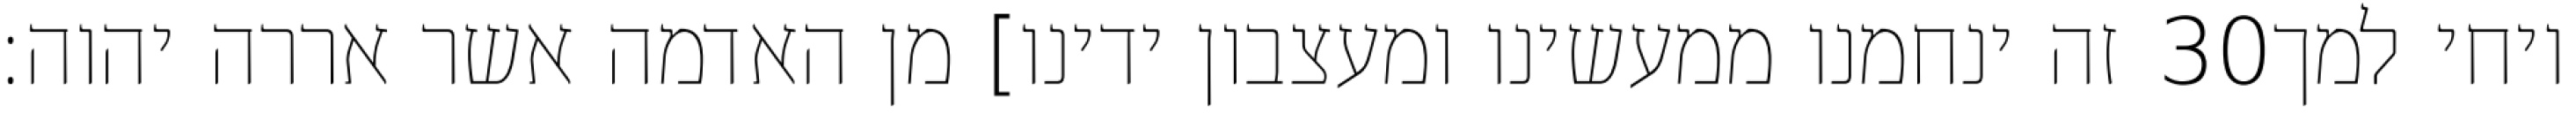
זה ינחמנו ממעשינו ומעצבון ידינו] מן האדמה אשר אררה יהוה׃ ‎30‏ ויחי למך